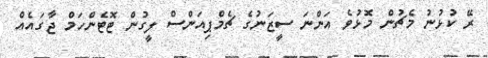
ރޭ ކުޅުނު މެޗުން މޮޅުވެ އަންނަ ސީޒަނުގެ ޗެމްޕިއަންސް ލީގުން ޓޮޓެންހަމް ޖާގައެއް